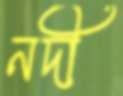
নদী